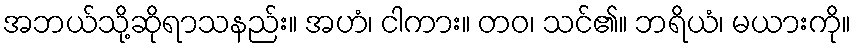
အဘယ်သို့ဆိုရာသနည်း။ အဟံ၊ ငါကား။ တဝ၊ သင်၏။ ဘရိယံ၊ မယားကို။